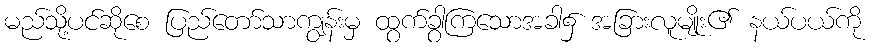
မည်သို့ပင်ဆိုစေ ပြည်တော်သာကျွန်းမှ ထွက်ခွာကြသောအခါ၌ အခြားလူမျိုး၏ နယ်ပယ်ကို